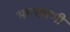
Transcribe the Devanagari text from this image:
भाग्यमणी